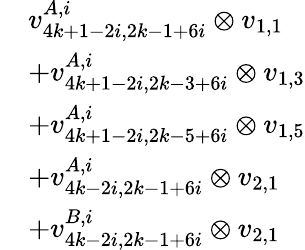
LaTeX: \begin{array}{rl}&{v_{4k+1-2i,2k-1+6i}^{A,i}\otimes v_{1,1}}\\ &{+v_{4k+1-2i,2k-3+6i}^{A,i}\otimes v_{1,3}}\\ &{+v_{4k+1-2i,2k-5+6i}^{A,i}\otimes v_{1,5}}\\ &{+v_{4k-2i,2k-1+6i}^{A,i}\otimes v_{2,1}}\\ &{+v_{4k-2i,2k-1+6i}^{B,i}\otimes v_{2,1}}\end{array}